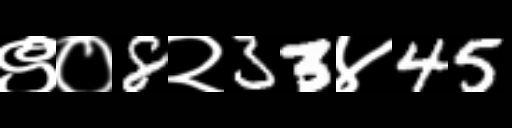
Text: ९०8२33४45